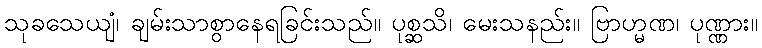
သုခသေယျံ၊ ချမ်းသာစွာနေရခြင်းသည်။ ပုစ္ဆသိ၊ မေးသနည်း။ ဗြာဟ္မဏ၊ ပုဏ္ဏား။